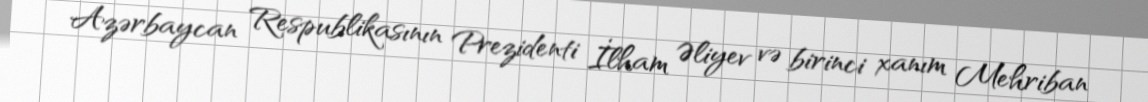
Azərbaycan Respublikasının Prezidenti İlham Əliyev və birinci xanım Mehriban